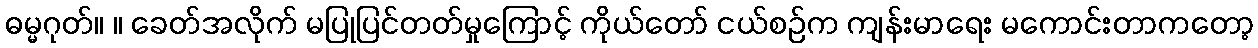
ဓမ္မဂုတ်။ ။ ခေတ်အလိုက် မပြုပြင်တတ်မှုကြောင့် ကိုယ်တော် ငယ်စဉ်က ကျန်းမာရေး မကောင်းတာကတော့